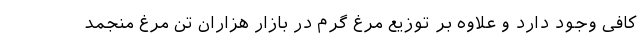
کافی وجود دارد و علاوه بر توزیع مرغ گرم در بازار هزاران تن مرغ منجمد